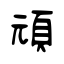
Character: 頑